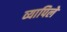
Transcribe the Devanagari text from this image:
व्यापिले